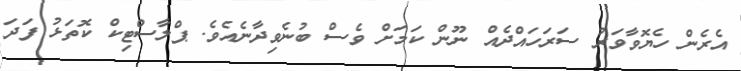
އެރެން ހެޔޮވާވަރު ސަރަހައްދެއް ނޫން ކަމަށް ވެސް ބުނެވިދާނެއެވެ. ޕްލާސްޓިކް ކޮތަޅު ފަދަ